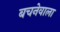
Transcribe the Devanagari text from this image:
बचनेवाला